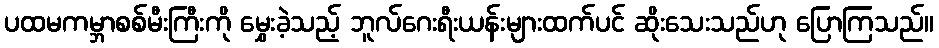
ပထမကမ္ဘာစစ်မီးကြီးကို မွှေးခဲ့သည့် ဘူလ်ဂေးရီးယန်းများထက်ပင် ဆိုးသေးသည်ဟု ပြောကြသည်။